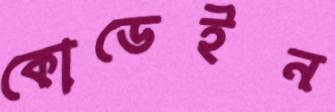
কোডেইন